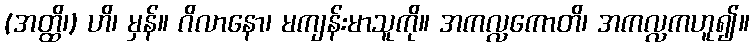
(အတ္ထိ၊) ဟိ၊ မှန်။ ဂိလာနော၊ မကျန်းမာသူကို။ အကလ္လကောတိ၊ အကလ္လကဟူ၍။